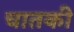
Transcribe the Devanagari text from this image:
चातकी